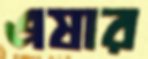
এষার